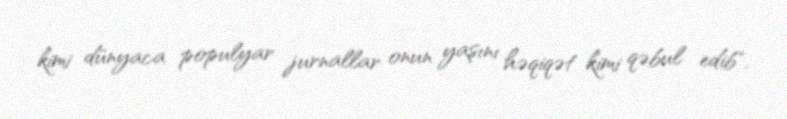
kimi dünyaca populyar jurnallar onun yaşını həqiqət kimi qəbul edib".